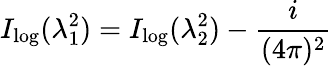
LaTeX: I_{\log}(\lambda_{1}^{2})=I_{\log}(\lambda_{2}^{2})-\frac{i}{(4\pi)^{2}}